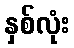
နှစ်လုံး